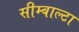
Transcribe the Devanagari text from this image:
सीम्बाल्टा